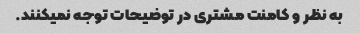
به نظر و کامنت مشتری در توضیحات توجه نمیکنند.